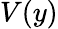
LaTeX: V(y)